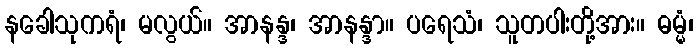
နခေါသုကရံ၊ မလွယ်။ အာနန္ဒ၊ အာနန္ဒာ။ ပရေသံ၊ သူတပါးတို့အား။ ဓမ္မံ၊